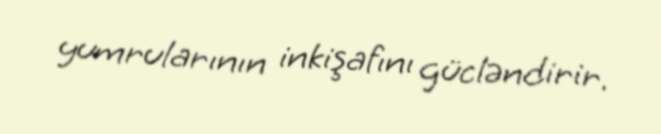
yumrularının inkişafını gücləndirir.